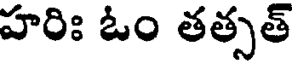
హరిః ఓం తత్సత్